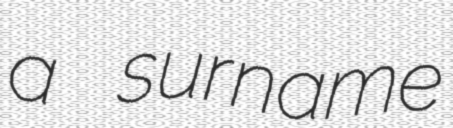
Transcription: a surname